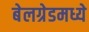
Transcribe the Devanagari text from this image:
बेलग्रेडमध्ये